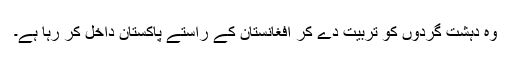
وہ دہشت گردوں کو تربیت دے کر افغانستان کے راستے پاکستان داخل کر رہا ہے۔